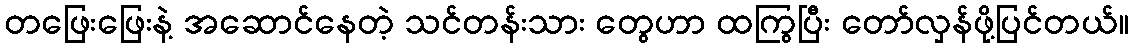
တဖြေးဖြေးနဲ့ အဆောင်နေတဲ့ သင်တန်းသား တွေဟာ ထကြွပြီး တော်လှန်ဖို့ပြင်တယ်။